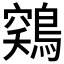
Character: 𱈳